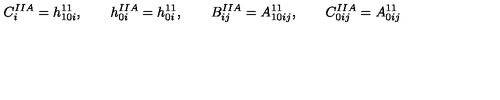
C _ { i } ^ { I I A } = h _ { 1 0 i } ^ { 1 1 } , \qquad h _ { 0 i } ^ { I I A } = h _ { 0 i } ^ { 1 1 } , \qquad B _ { i j } ^ { I I A } = A _ { 1 0 i j } ^ { 1 1 } , \qquad C _ { 0 i j } ^ { I I A } = A _ { 0 i j } ^ { 1 1 }